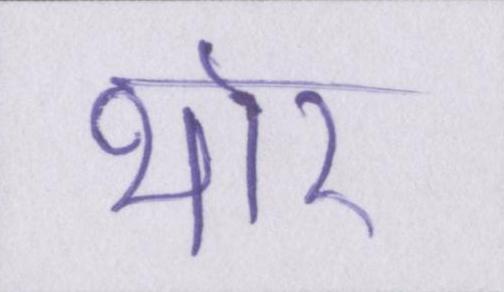
थोर